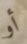
أو